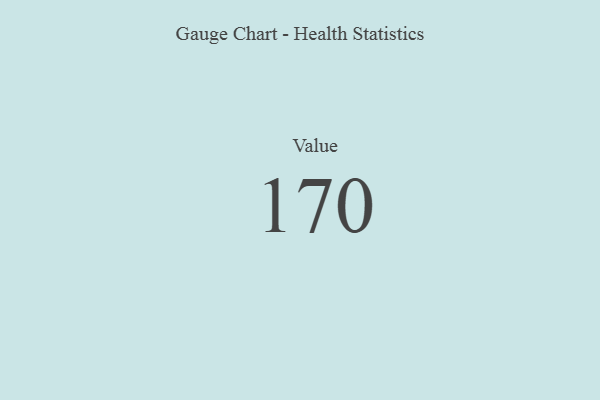
{"axis": {"x": "Metric", "y": "Value"}, "legend": [""], "data": [{"x": "Value", "y": 170, "type": ""}]}